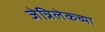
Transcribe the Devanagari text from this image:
जेन्निलेकच्या